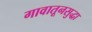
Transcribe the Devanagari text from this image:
गावातूनसुद्धा